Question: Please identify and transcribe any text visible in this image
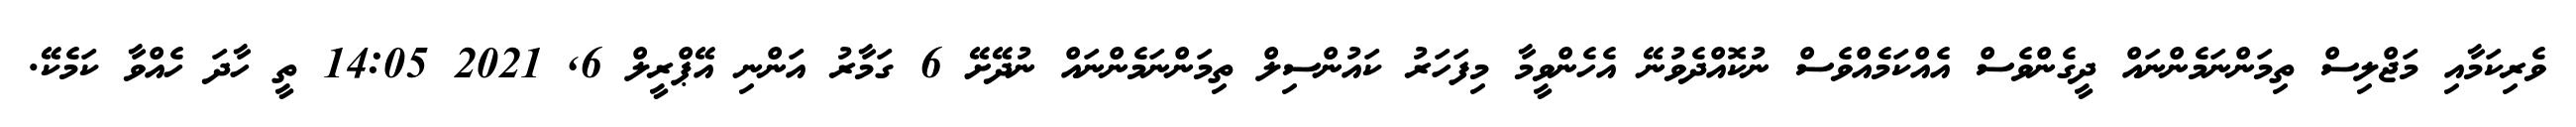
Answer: ވެރިކަމާއި މަޖްލިސް ތިމަންނަމެންނައް ދީގެންވެސް އެއްކަމެއްވެސް ނުކޮއްދެވުނޭ އެހެންވީމާ މިފަހަރު ކައުންސިލް ތިމަންނަމެންނައް ނުދޭށޭ 6 ގަމާރު އަންނި އޭޕްރީލް 6, 2021 14:05 ތީ ހާދަ ހެއްވާ ކަމެކޭ.